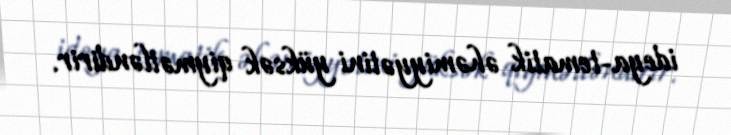
ideya-tematik əhəmiyyətini yüksək qiymətləndirir.